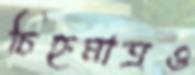
চিহ্নমাত্রও